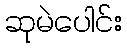
ဆုမဲပေါင်း